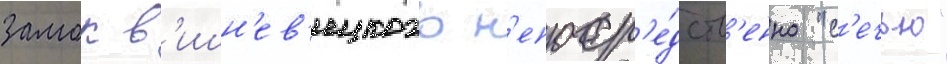
замок в'ишн'ев'ецкого н'епоср'е́дств'енно "с'ечью"